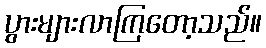
ပွားများလာကြတော့သည်။